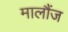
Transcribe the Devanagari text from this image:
मालौंज